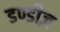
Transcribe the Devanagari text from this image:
डण्डीज़